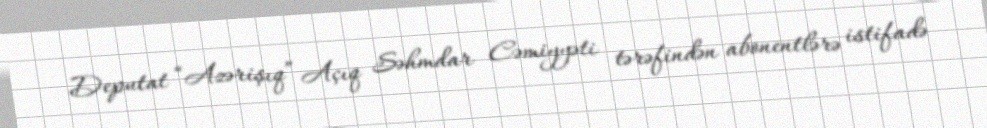
Deputat “Azərişıq” Açıq Səhmdar Cəmiyyəti tərəfindən abonentlərə istifadə